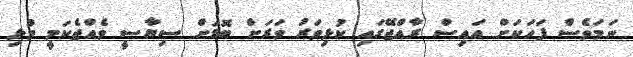
ނަމަވެސް ފަހަކަށް އައިސް ރާއްޖޭގައި ކުޅިވަރު ވަރަށް ބޮޑަށް ސިޔާސީ ވެއްޖެކަމީ މުޅި